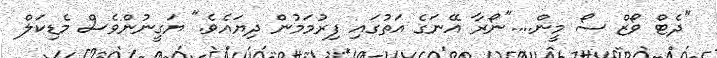
"ދެޓް ވޯޒް ސޯ މީން...."ނޯރާ އޭނަގެ އަތުގައި ފިރުމަމުން ދިޔައެވެ." ޔަގީނުންވެސް މެޑިކަލް